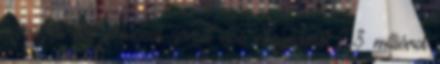
az üzleti éve júniussal zárult első negyedéről 7,3 milliárd